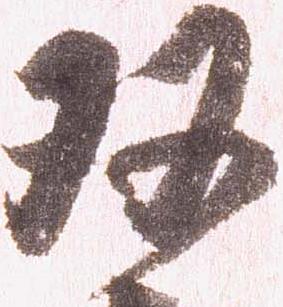
双